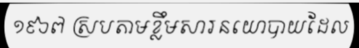
១៩៦៧ ស្របតាមខ្លឹមសារនយោបាយដែល